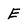
Character: E